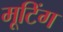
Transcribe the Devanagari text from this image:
मूटिंग